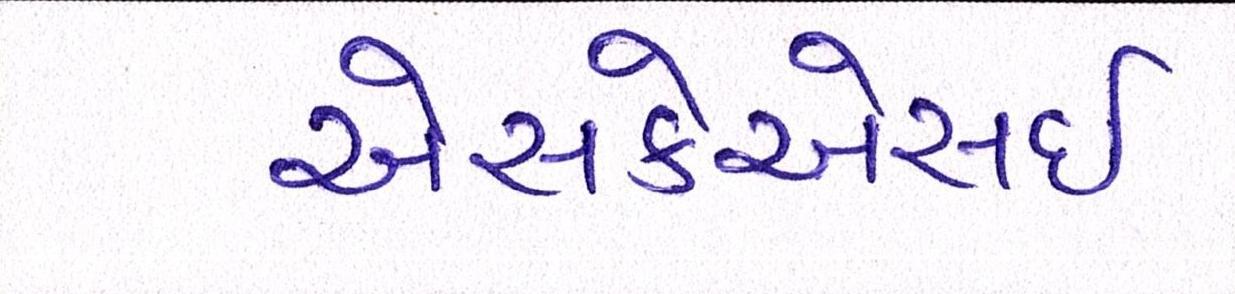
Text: એસકેએસઈ